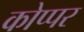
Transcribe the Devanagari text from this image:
कोप्पर